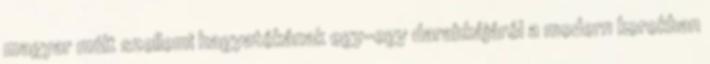
magyar múlt szellemi hagyatékának egy-egy darabkájáról a modern korokban